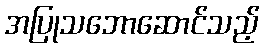
အပြုသဘောဆောင်သည့်